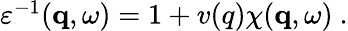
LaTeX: \begin{array}{r}{\varepsilon^{-1}(\mathbf{q},\omega)=1+v(q)\chi(\mathbf{q},\omega)\ .}\end{array}